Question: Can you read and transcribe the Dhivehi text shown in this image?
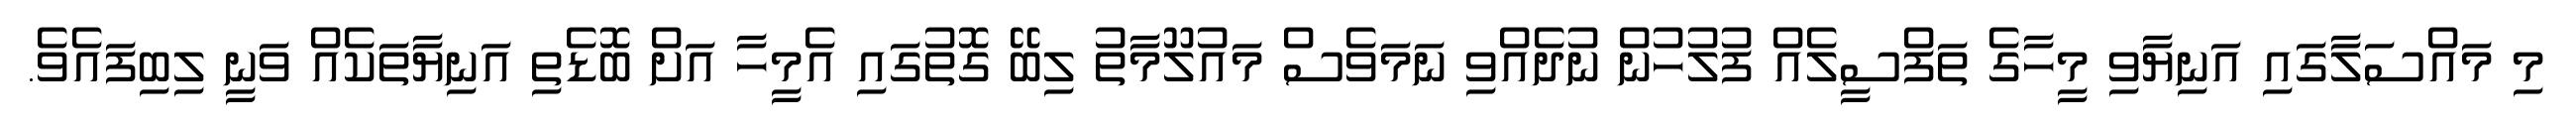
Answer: މި މައްސަލާގައި އަނިޔާވި މީހާގެ ތަފްސީލެއް ފުލުހުން ނުދެއްވި ނަމަވެސް މައުލޫމާތު ލިބޭ ގޮތުގައި އެމީހާ އަށް ބޮޑެތި އަނިޔާތަކެއް ވަނީ ލިބިފައެވެ.